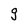
Character: g